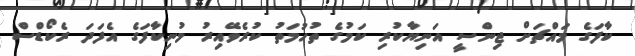
ކާފަގެ މައްޗަށް ޖިންސީ އަނިޔާކުރި ކަމުގެ ތުހުމަތު ކުރެވޭއިރު މުނިކާފަގެ އެފަދަ ރެކޯޑްސް